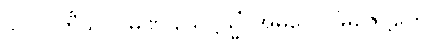
၉၂၀။ တီသု ဂါမဏိ သေဋ္ဌသ္မိံ၊ အဓိပေ ဂါမဇေဋ္ဌကေ။